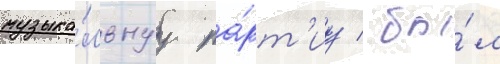
музыка́льнуу па́рт'иу / бы́л